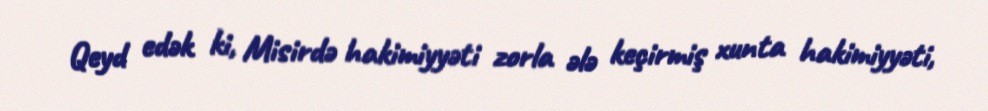
Qeyd edək ki, Misirdə hakimiyyəti zorla ələ keçirmiş xunta hakimiyyəti,